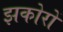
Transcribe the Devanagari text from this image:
झकोरों